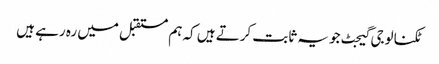
ٹکنالوجی گیجٹ جو یہ ثابت کرتے ہیں کہ ہم مستقبل میں رہ رہے ہیں